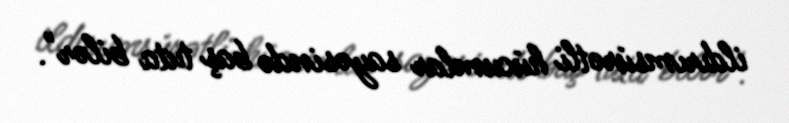
ildırımsürətli hücumlar sayəsində baş tuta bilər".